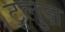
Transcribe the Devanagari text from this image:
टुलुज़